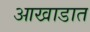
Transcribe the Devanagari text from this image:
आखाडात